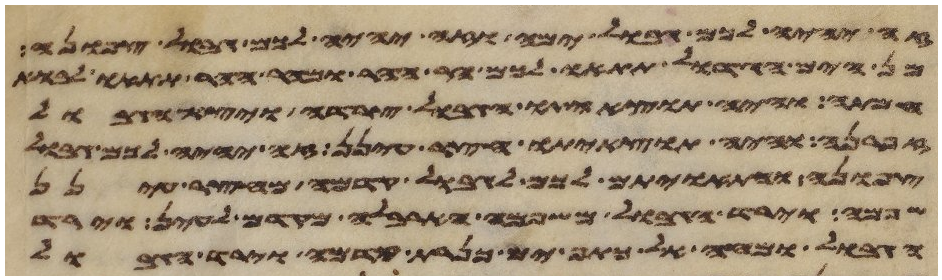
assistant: זה יהיה לכם גבול ימה וזה יהיה לכם גבול צפונה
מן הים הגדול תתאו לכם הר ההר ומהר ההר תתאו לבוא
חמתה והיה תוצאיתו הגבול צרדה ויצא הגבול
זפרנה והיה תוצאיתו חצר עינן זה יהיה לכם גבול
צפונה והתאויתם לכם לגבול קדמה מחצר עינן
שפמה וירד הגבול משפמה הארבלה מקדם לעין וירד
הגבול ומחה אל כתף ים כנרת קדמה וירד הגבול